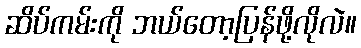
ဆိပ်ကမ်းကို ဘယ်တော့ပြန်ဖို့လိုလဲ။